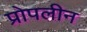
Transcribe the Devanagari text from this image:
प्रोपलीन